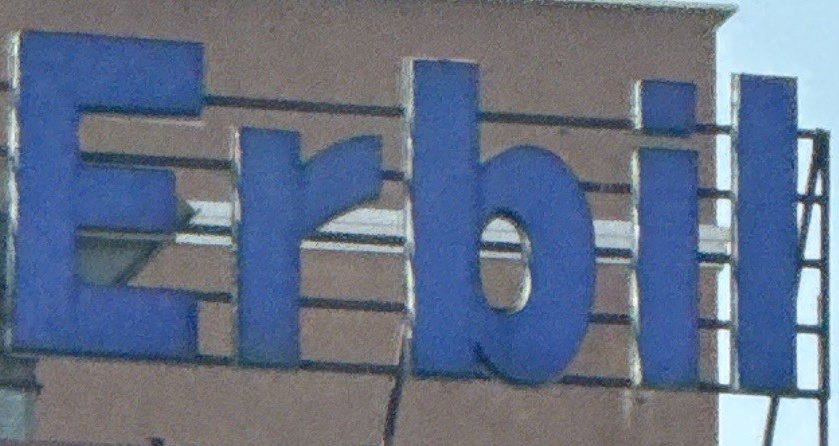
Erbil